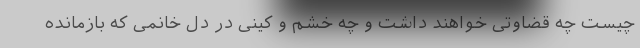
چیست چه قضاوتی خواهند داشت و چه خشم و کینی در دل خانمی که بازمانده